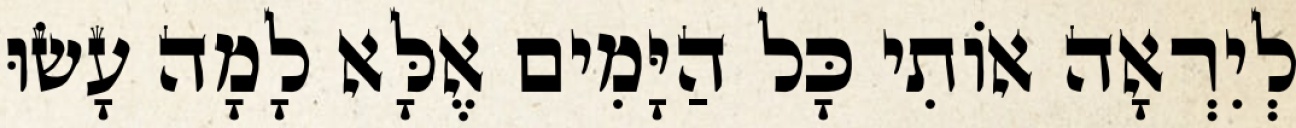
לְיִרְאָה אוֹתִי כָּל הַיָּמִים אֶלָּא לָמָה עָשׂוּ